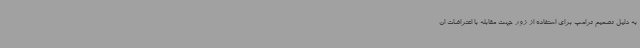
به دلیل تصمیم ترامپ برای استفاده از زور جهت مقابله با اعتراضات ان